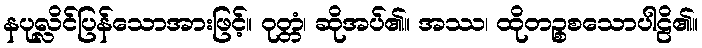
နပုလ္လိင်ပြန်သောအားဖြင့်။ ဝုတ္တံ၊ ဆိုအပ်၏။ အဿ၊ ထိုတဉ္စစသောပါဠိ၏။